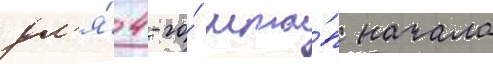
дл'я́ 4-го́ мта́п начала